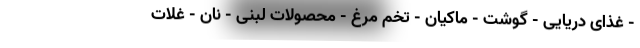
- غذای دریایی - گوشت - ماکیان - تخم مرغ - محصولات لبنی - نان - غلات